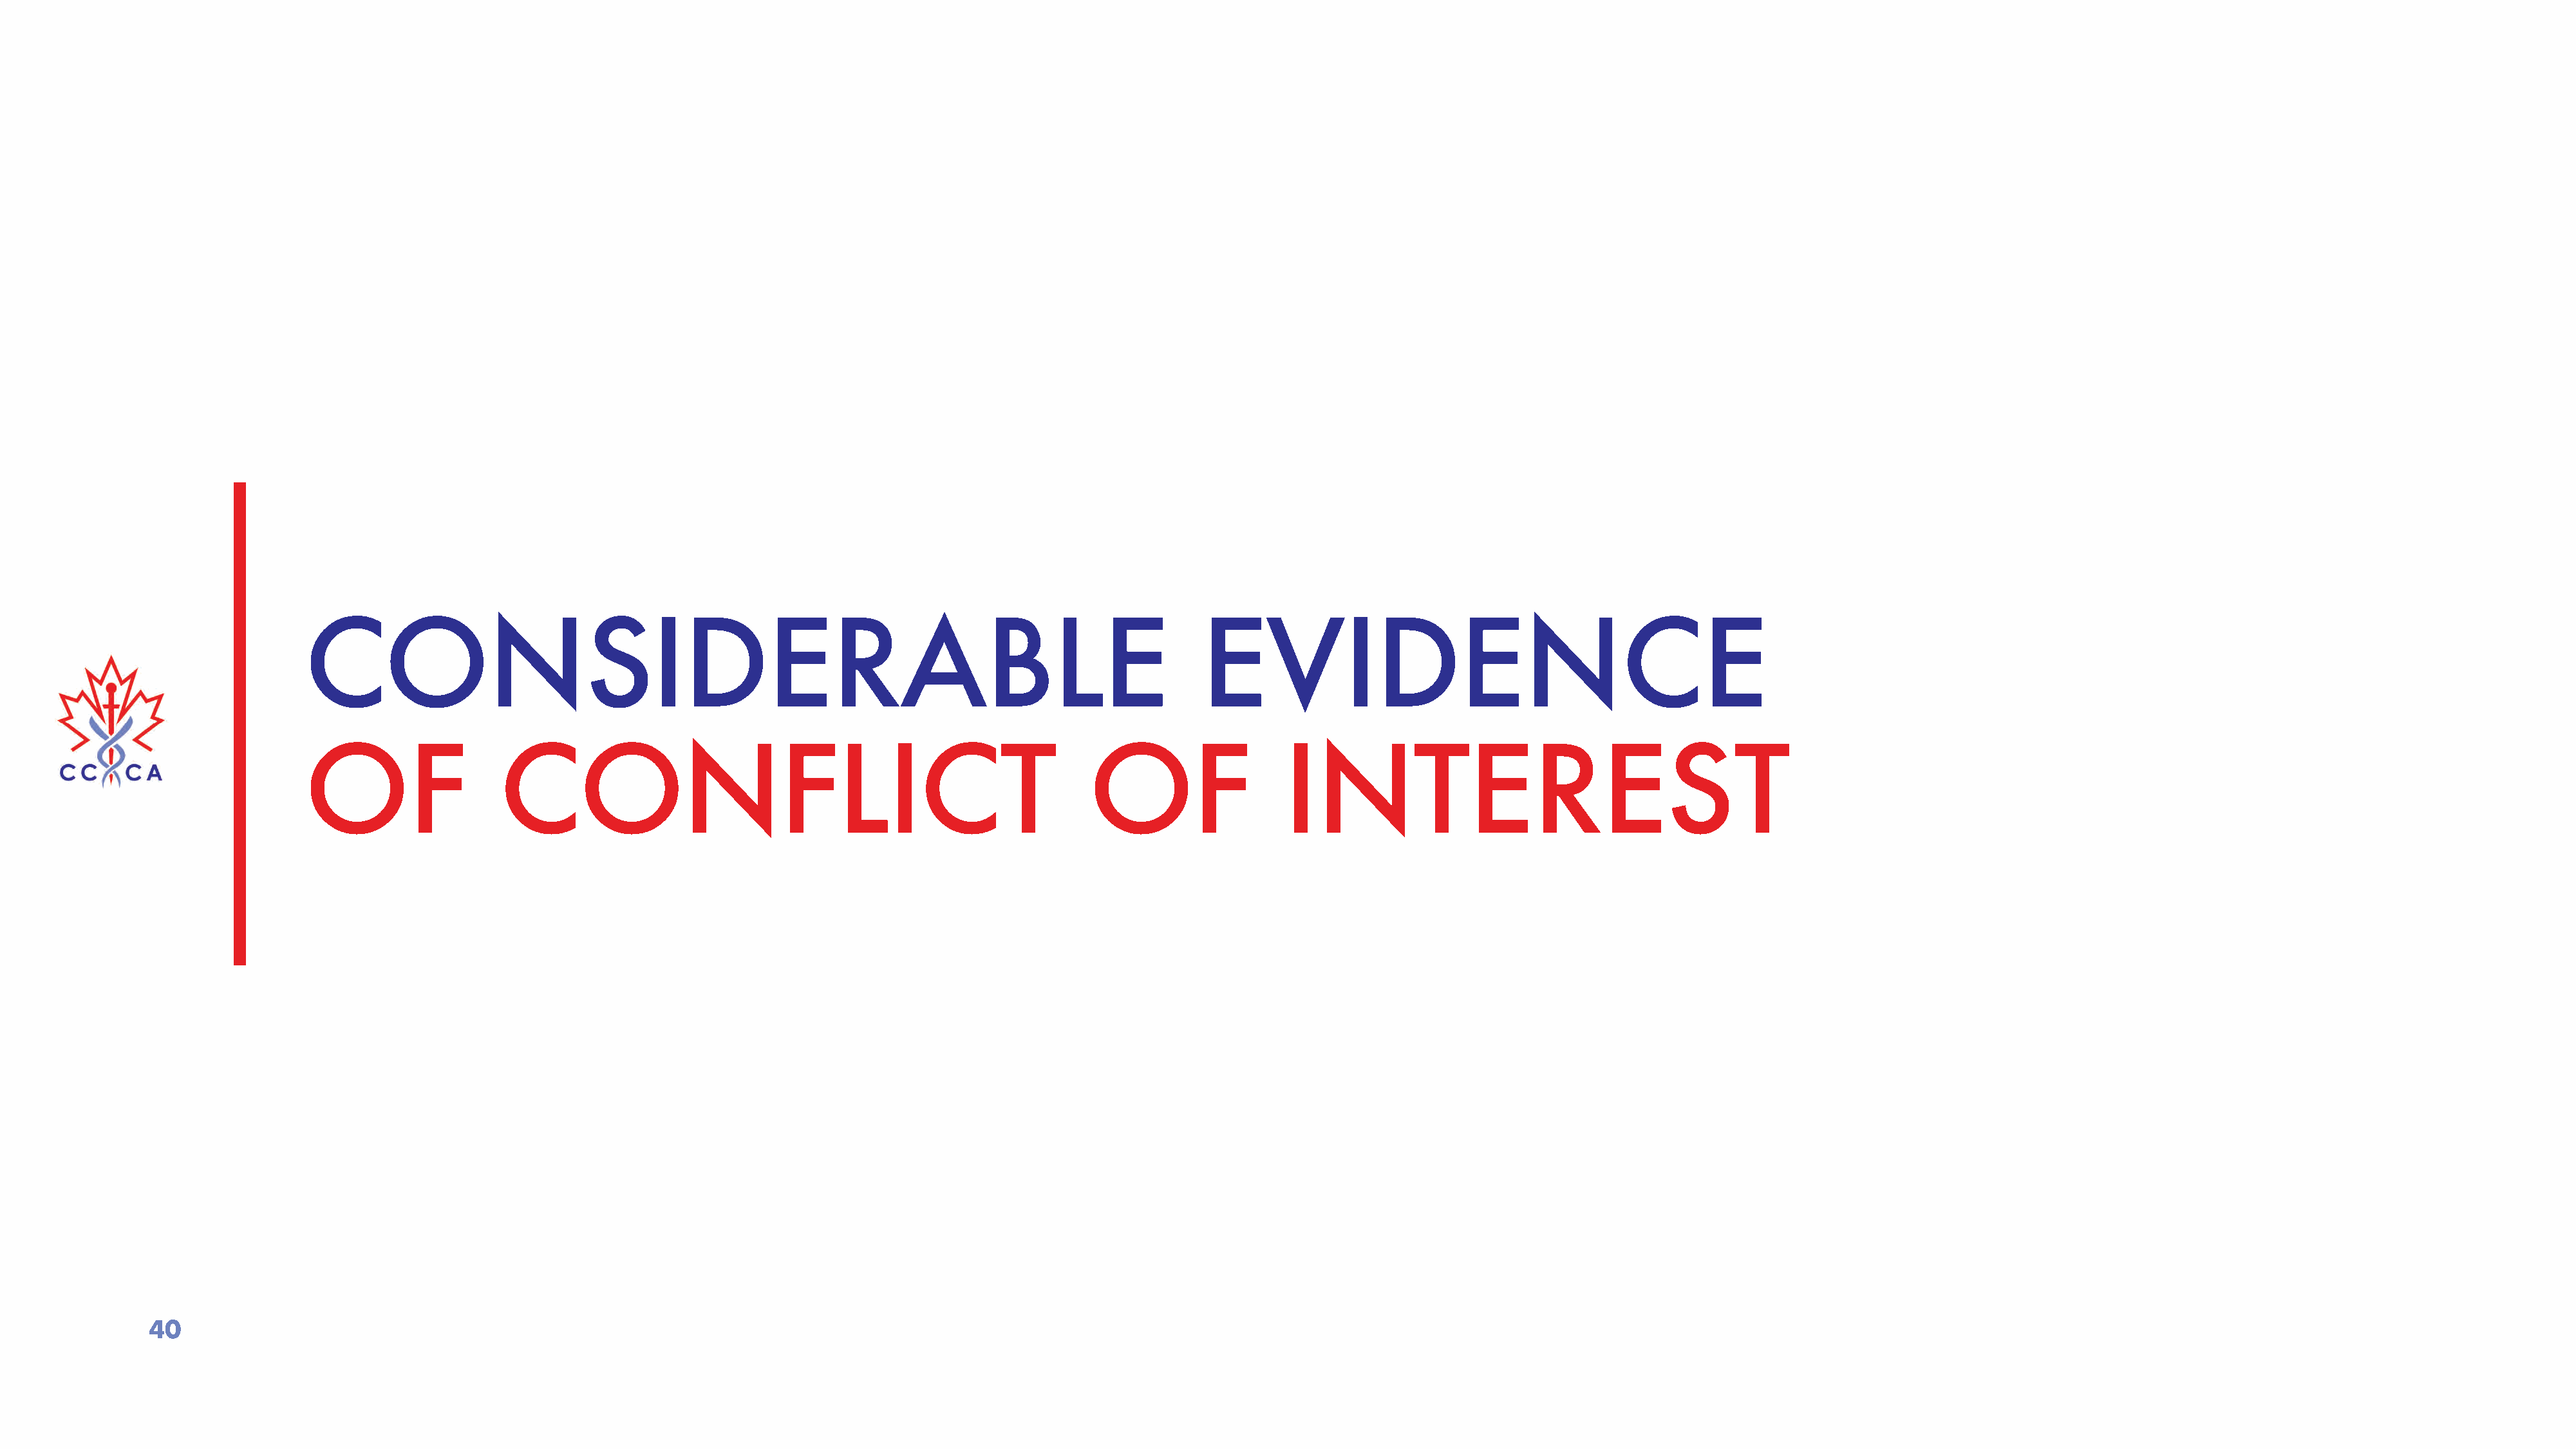
CONSIDERABLE                                                                                EVIDENCE
 OF                  CONFLICT                                                     OF                  INTEREST
 40